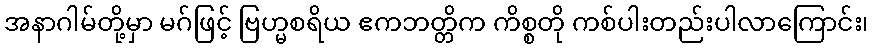
အနာဂါမ်တို့မှာ မဂ်ဖြင့် ဗြဟ္မစရိယ ဧကဘတ္တိက ကိစ္စတို ကစ်ပါးတည်းပါလာကြောင်း၊